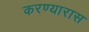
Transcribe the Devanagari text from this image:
करण्यारास